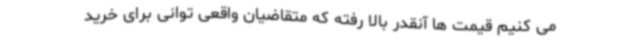
می کنیم قیمت ها آنقدر بالا رفته که متقاضیان واقعی توانی برای خرید